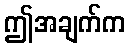
ဤအချက်က